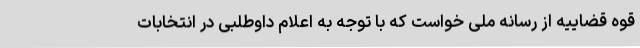
قوه قضاییه از رسانه ملی خواست که با توجه به اعلام داوطلبی در انتخابات